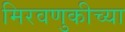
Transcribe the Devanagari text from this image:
मिरवणुकीच्या